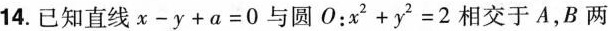
14.已知直线$$x - y + a = 0$$与圆O：$$x^{2} + y^{2} = 2$$相交于A，B两